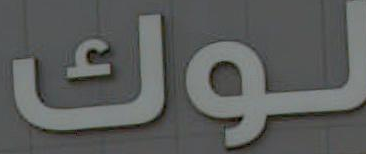
لوك